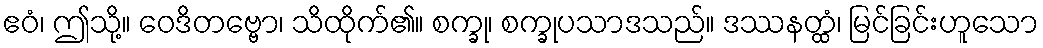
ဧဝံ၊ ဤသို့။ ဝေဒိတဗ္ဗော၊ သိထိုက်၏။ စက္ခု၊ စက္ခုပသာဒသည်။ ဒဿနတ္ထံ၊ မြင်ခြင်းဟူသော